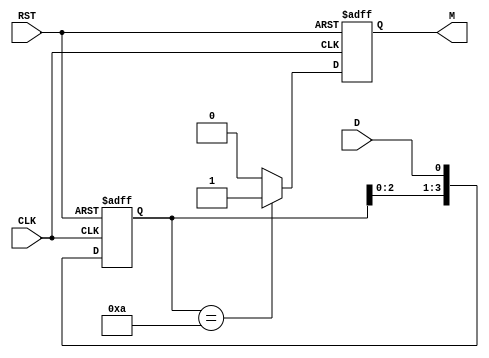
module PatternDetector #(
    parameter PATTERN_WIDTH = 4, // Width of the pattern to detect
    parameter PATTERN = 4'b1010   // Pattern to detect (example: 1010)
)(
    input wire D,          // Data input
    input wire CLK,        // Clock input
    input wire RST,        // Asynchronous reset
    output reg M           // Match output
);

    // State registers to hold the current state of the detector
    reg [PATTERN_WIDTH-1:0] state;

    // Combinational logic to determine the match condition
    always @(posedge CLK or posedge RST) begin
        if (RST) begin
            // Asynchronous reset
            state <= 0;
            M <= 0;
        end else begin
            // Shift in the new data bit
            state <= {state[PATTERN_WIDTH-2:0], D};

            // Check for pattern match
            if (state == PATTERN) begin
                M <= 1; // Pattern detected
            end else begin
                M <= 0; // No match
            end
        end
    end

endmodule